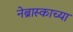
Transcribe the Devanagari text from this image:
नेब्रास्काच्या